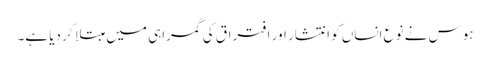
ہوس نے نوع انساں کو انتشار اور افتراق کی گمراہی میں مبتلا کر دیا ہے۔